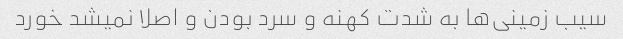
سیب زمینی‌ها به شدت کهنه و سرد بودن و اصلا نمیشد خورد